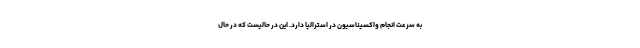
به سرعت انجام واکسیناسیون در استرالیا دارد. این در حالیست که در حال